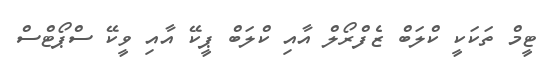
ޓީމް ތަކަކީ ކްލަބް ޒެފްރޯލް އާއި ކްލަބް ޕީކޭ އާއި ވީކޭ ސްޕޯޓްސް